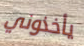
يأخذوني